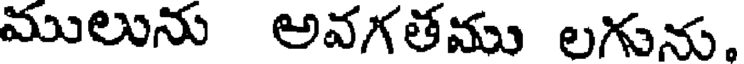
ములును అవగతము లగును.